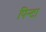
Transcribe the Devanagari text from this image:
पिन्टा